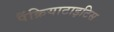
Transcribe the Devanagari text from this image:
पैंक्रियाटाइटिस